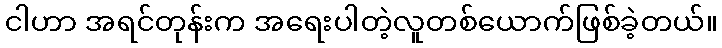
ငါဟာ အရင်တုန်းက အရေးပါတဲ့လူတစ်ယောက်ဖြစ်ခဲ့တယ်။